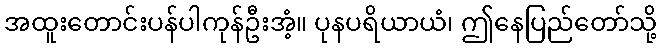
အထူးတောင်းပန်ပါကုန်ဦးအံ့။ ပုနပရိယာယံ၊ ဤနေပြည်တော်သို့